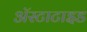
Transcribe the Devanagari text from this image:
अॅस्टाटाइड